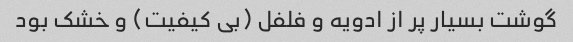
گوشت بسیار پر از ادویه و فلفل (بی کیفیت) و خشک بود